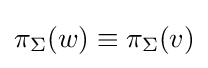
\pi _{\Sigma }(w)\equiv \pi _{\Sigma }(v)